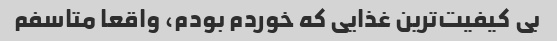
بی کیفیت‌ترین غذایی که خوردم بودم، واقعا متاسفم